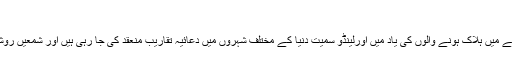
‘
نائٹ کلب کے حملے میں ہلاک ہونے والوں کی یاد میں اورلینڈو سمیت دنیا کے مختلف شہروں میں دعائیہ تقاریب منعقد کی جا رہی ہیں اور شمعیں روشن کی جا رہی ہیں۔